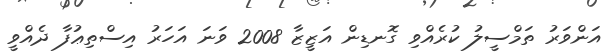
އަންވަރު ތަމްސީލު ކުރެއްވި ގޮނޑިން އަޒީޒާ 2008 ވަނަ އަހަރު އިސްތިޢުފާ ދެއްވީ